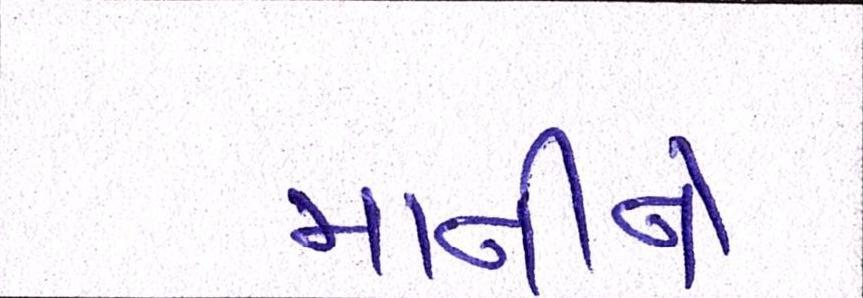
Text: માનીને